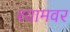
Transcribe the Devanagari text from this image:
श्यामवर